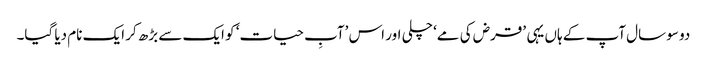
دو سو سال آپ کے ہاں یہی ’قرض کی مے‘ چلی اور اس ’آبِ حیات‘ کو ایک سے بڑھ کر ایک نام دیا گیا۔